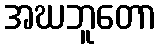
အဃဘူတော